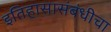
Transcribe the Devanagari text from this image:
इतिहासासंबंधीचा